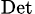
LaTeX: _\mathrm{Det}